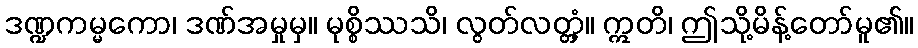
ဒဏ္ဍကမ္မကော၊ ဒဏ်အမှုမှ။ မုစ္စိဿသိ၊ လွတ်လတ္တံ့။ ဣတိ၊ ဤသို့မိန့်တော်မူ၏။